画像に写った文字を読んでください
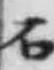
「石」と書いてあります